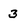
Character: 3